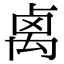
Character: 禼